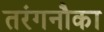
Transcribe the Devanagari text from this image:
तरंगनौका